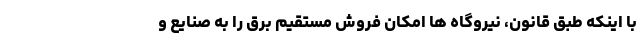
با اینکه طبق قانون، نیروگاه ها امکان فروش مستقیم برق را به صنایع و